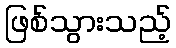
ဖြစ်သွားသည့်